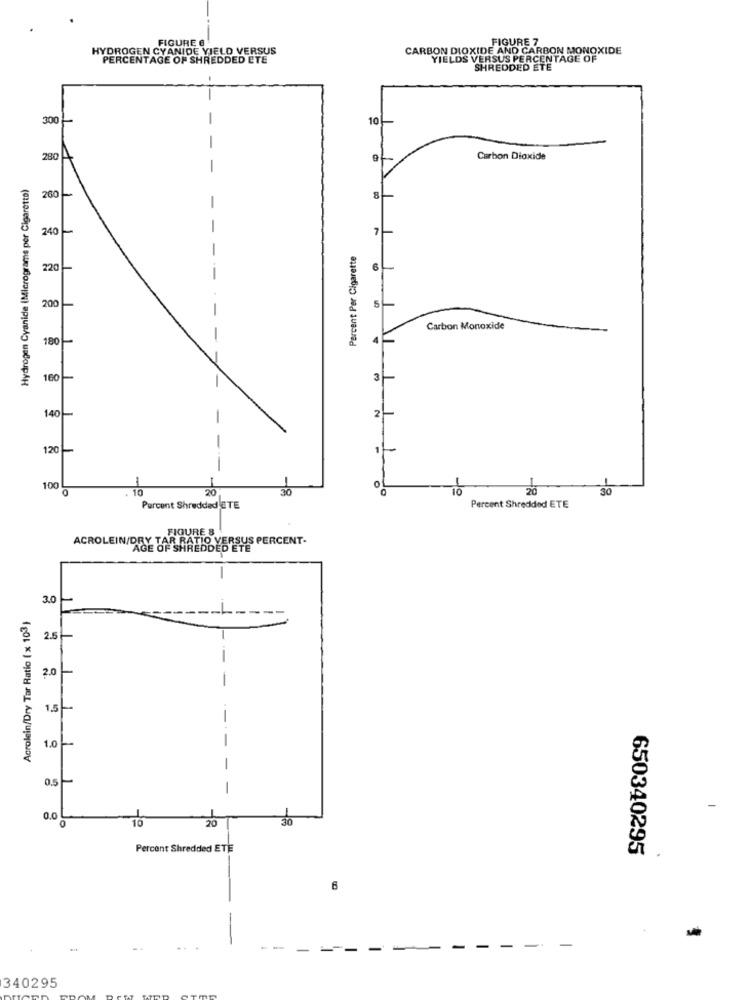
FIGURE 6
FIGURE 7
HYDROGEN CYANIDE YIELD VERSUS
CARBON DIOXIDE AND CARBON MONOXIDE
PERCENTAGE OF SHREDDED ETE
YIELDS VERSUS PERCENTAGE OF
SHREDDED ETE
300
10
280
Carbon Dioxide
-
Hydrogen Cyanide (Micrograms por Cigarette)
260-
-
240
7
Percent Per Cigarette
220
6
5
200
Carbon Monoxide
180
-
160
3
140 -
-
120
1
-
100
0
10
20
30
01
20
30
Percent Shredded ETE
Percent Shredded ETE
FIGURE 8
A&E CAR RATIO VERSUS PERCENT-
ACROLEIN/DRY
3.0
Acrolein/Dry Tar Ratio ( x 103)
2.5
2.0
-
1.5
1.0
-
0.5
-
0.0
O
Percent Shredded ETE
650340295
6
--
-
-
340295